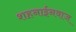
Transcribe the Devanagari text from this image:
शहनाईनवाज